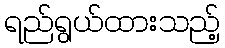
ရည်ရွယ်ထားသည့်